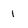
Character: 1